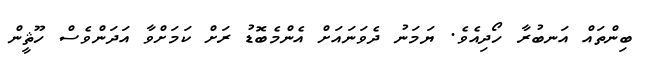
ބިންތައް އަނބުރާ ހޯދިއެވެ. ޔަމަނު ދެވަނައަށް އެންމެބޮޑު ރަށް ކަމަށްވާ އަދަންވެސް ހޫޘީން